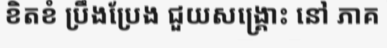
ខិតខំ ប្រឹងប្រែង ជួយសង្គ្រោះ នៅ ភាគ